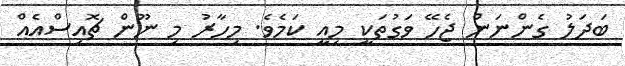
ބަދަލު ގެންނަން ޖެހޭ ވަގުތަކީ މިއީ ކަމެވެ. މިހާރު މި ނޫން ޗޮއިސްއެއް